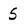
Character: 5